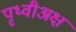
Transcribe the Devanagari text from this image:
पृथ्वीअक्ष